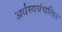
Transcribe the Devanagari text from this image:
अर्धस्वयंचलित